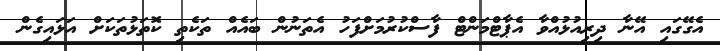
އެގޭގައި އޭނާ ދިރިއުޅުއްވާ އެޕާޓްމަންޓް ފާސްކުރުމަށްފަހު އެތަނުން ބައެއް ތަކެތި ކޮތަޅުތަކަށް އަޅައިގެން